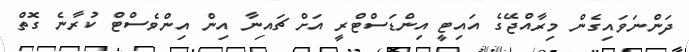
ދަންނަވައިގެން މިރާއްޖޭގެ އައިޓީ އިންޑަސްޓްރީ އަށް ޗައިނާ އިން އިންވެސްޓް ކުރާނެ ގޮތް